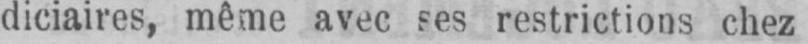
diciaires, même avec ses restrictions chez